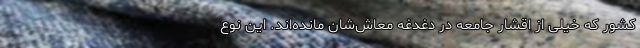
کشور که خیلی از اقشار جامعه در دغدغه معاش‌شان مانده‌اند. این نوع